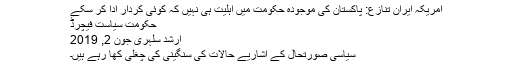
امریکہ ایران تنازع: پاکستان کی موجودہ حکومت میں اہلیت ہی نہیں کہ کوئی کردار ادا کر سکے
حکومت سیاست فيچرڈ
ارشد سلہری جون 2, 2019
سیاسی صورتحال کے اشاریے حالات کی سنگینی کی چغلی کھا رہے ہیں۔